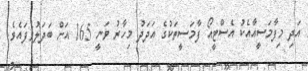
އަދި މިފާމަސީއާއެކު އެސްޓީއޯ ފާމަސީތަކުގެ އަދަދު މިހާރު ވަނީ 165 އަށް ބަދަލުވެފައެވެ.